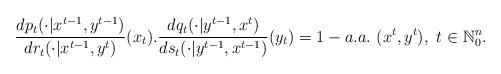
LaTeX: \begin{align*}\frac{dp_t(\cdot|x^{t-1},y^{t-1})}{d{r}_t(\cdot|x^{t-1},y^t)}(x_t).\frac{d{q}_t(\cdot|y^{t-1},x^{t})}{ds_t(\cdot|y^{t-1},x^{t-1})}(y_t)=1-a.a.~(x^t,y^t),~t\in\mathbb{N}_0^n.\end{align*}